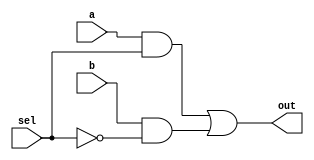
module _MUX(input a, b, sel, 
		output out);

wire sel_n;
wire out_0, out_1;

not(sel_n, sel);
and(out_0, a, sel);
and(out_1, b, sel_n);


or(out, out_0, out_1);




endmodule